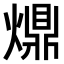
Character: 𤐣